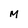
Character: M